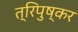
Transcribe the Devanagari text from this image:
त्रिपुष्कर